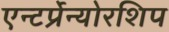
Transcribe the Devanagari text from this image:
एन्टर्प्रेन्योरशिप